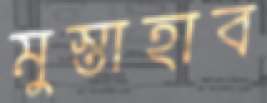
মুস্তাহাব